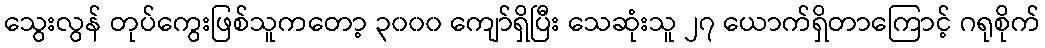
သွေးလွန် တုပ်ကွေးဖြစ်သူကတော့ ၃၀၀၀ ကျော်ရှိပြီး သေဆုံးသူ ၂၇ ယောက်ရှိတာကြောင့် ဂရုစိုက်